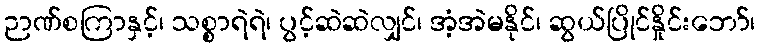
ဉာဏ်စကြာနှင့်၊ သစ္စာရဲရဲ၊ ပွင့်ဆဲဆဲလျှင်၊ အံ့အဲမနိုင်၊ ဆွယ်ပြိုင်နှိုင်းဘော်၊